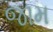
જામ